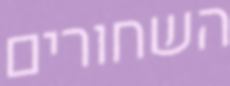
השחורים